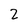
Character: 2